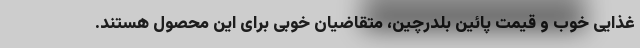
غذایی خوب و قیمت پائین بلدرچین، متقاضیان خوبی برای این محصول هستند.